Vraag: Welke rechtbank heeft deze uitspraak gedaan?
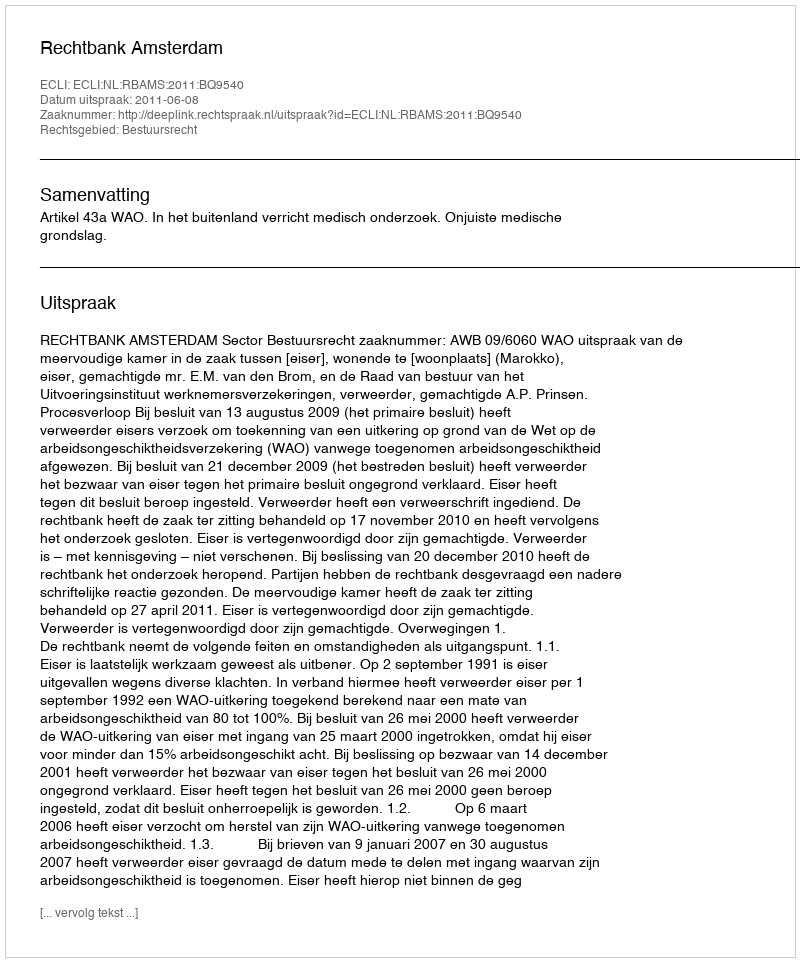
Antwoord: Rechtbank Amsterdam